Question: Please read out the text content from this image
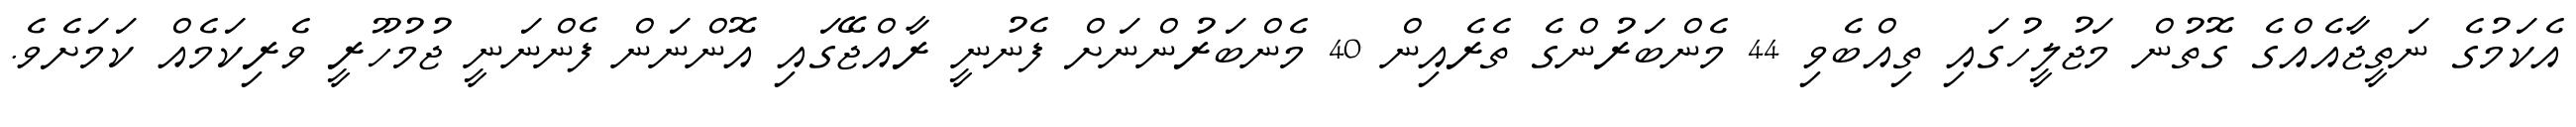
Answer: އެކަމުގެ ނަތީޖާއެއްގެ ގޮތުން މަޖުލީހުގައި ތިއްބެވި 44 މެންބަރުންގެ ތެރެއިން 40 މެންބަރުންނަށް ފެނުނީ ރާއްޖޭގައި އޮންނަން ފެންނަނީ ޖުމުހޫރީ ވެރިކަމެއް ކަމަށެވެ.